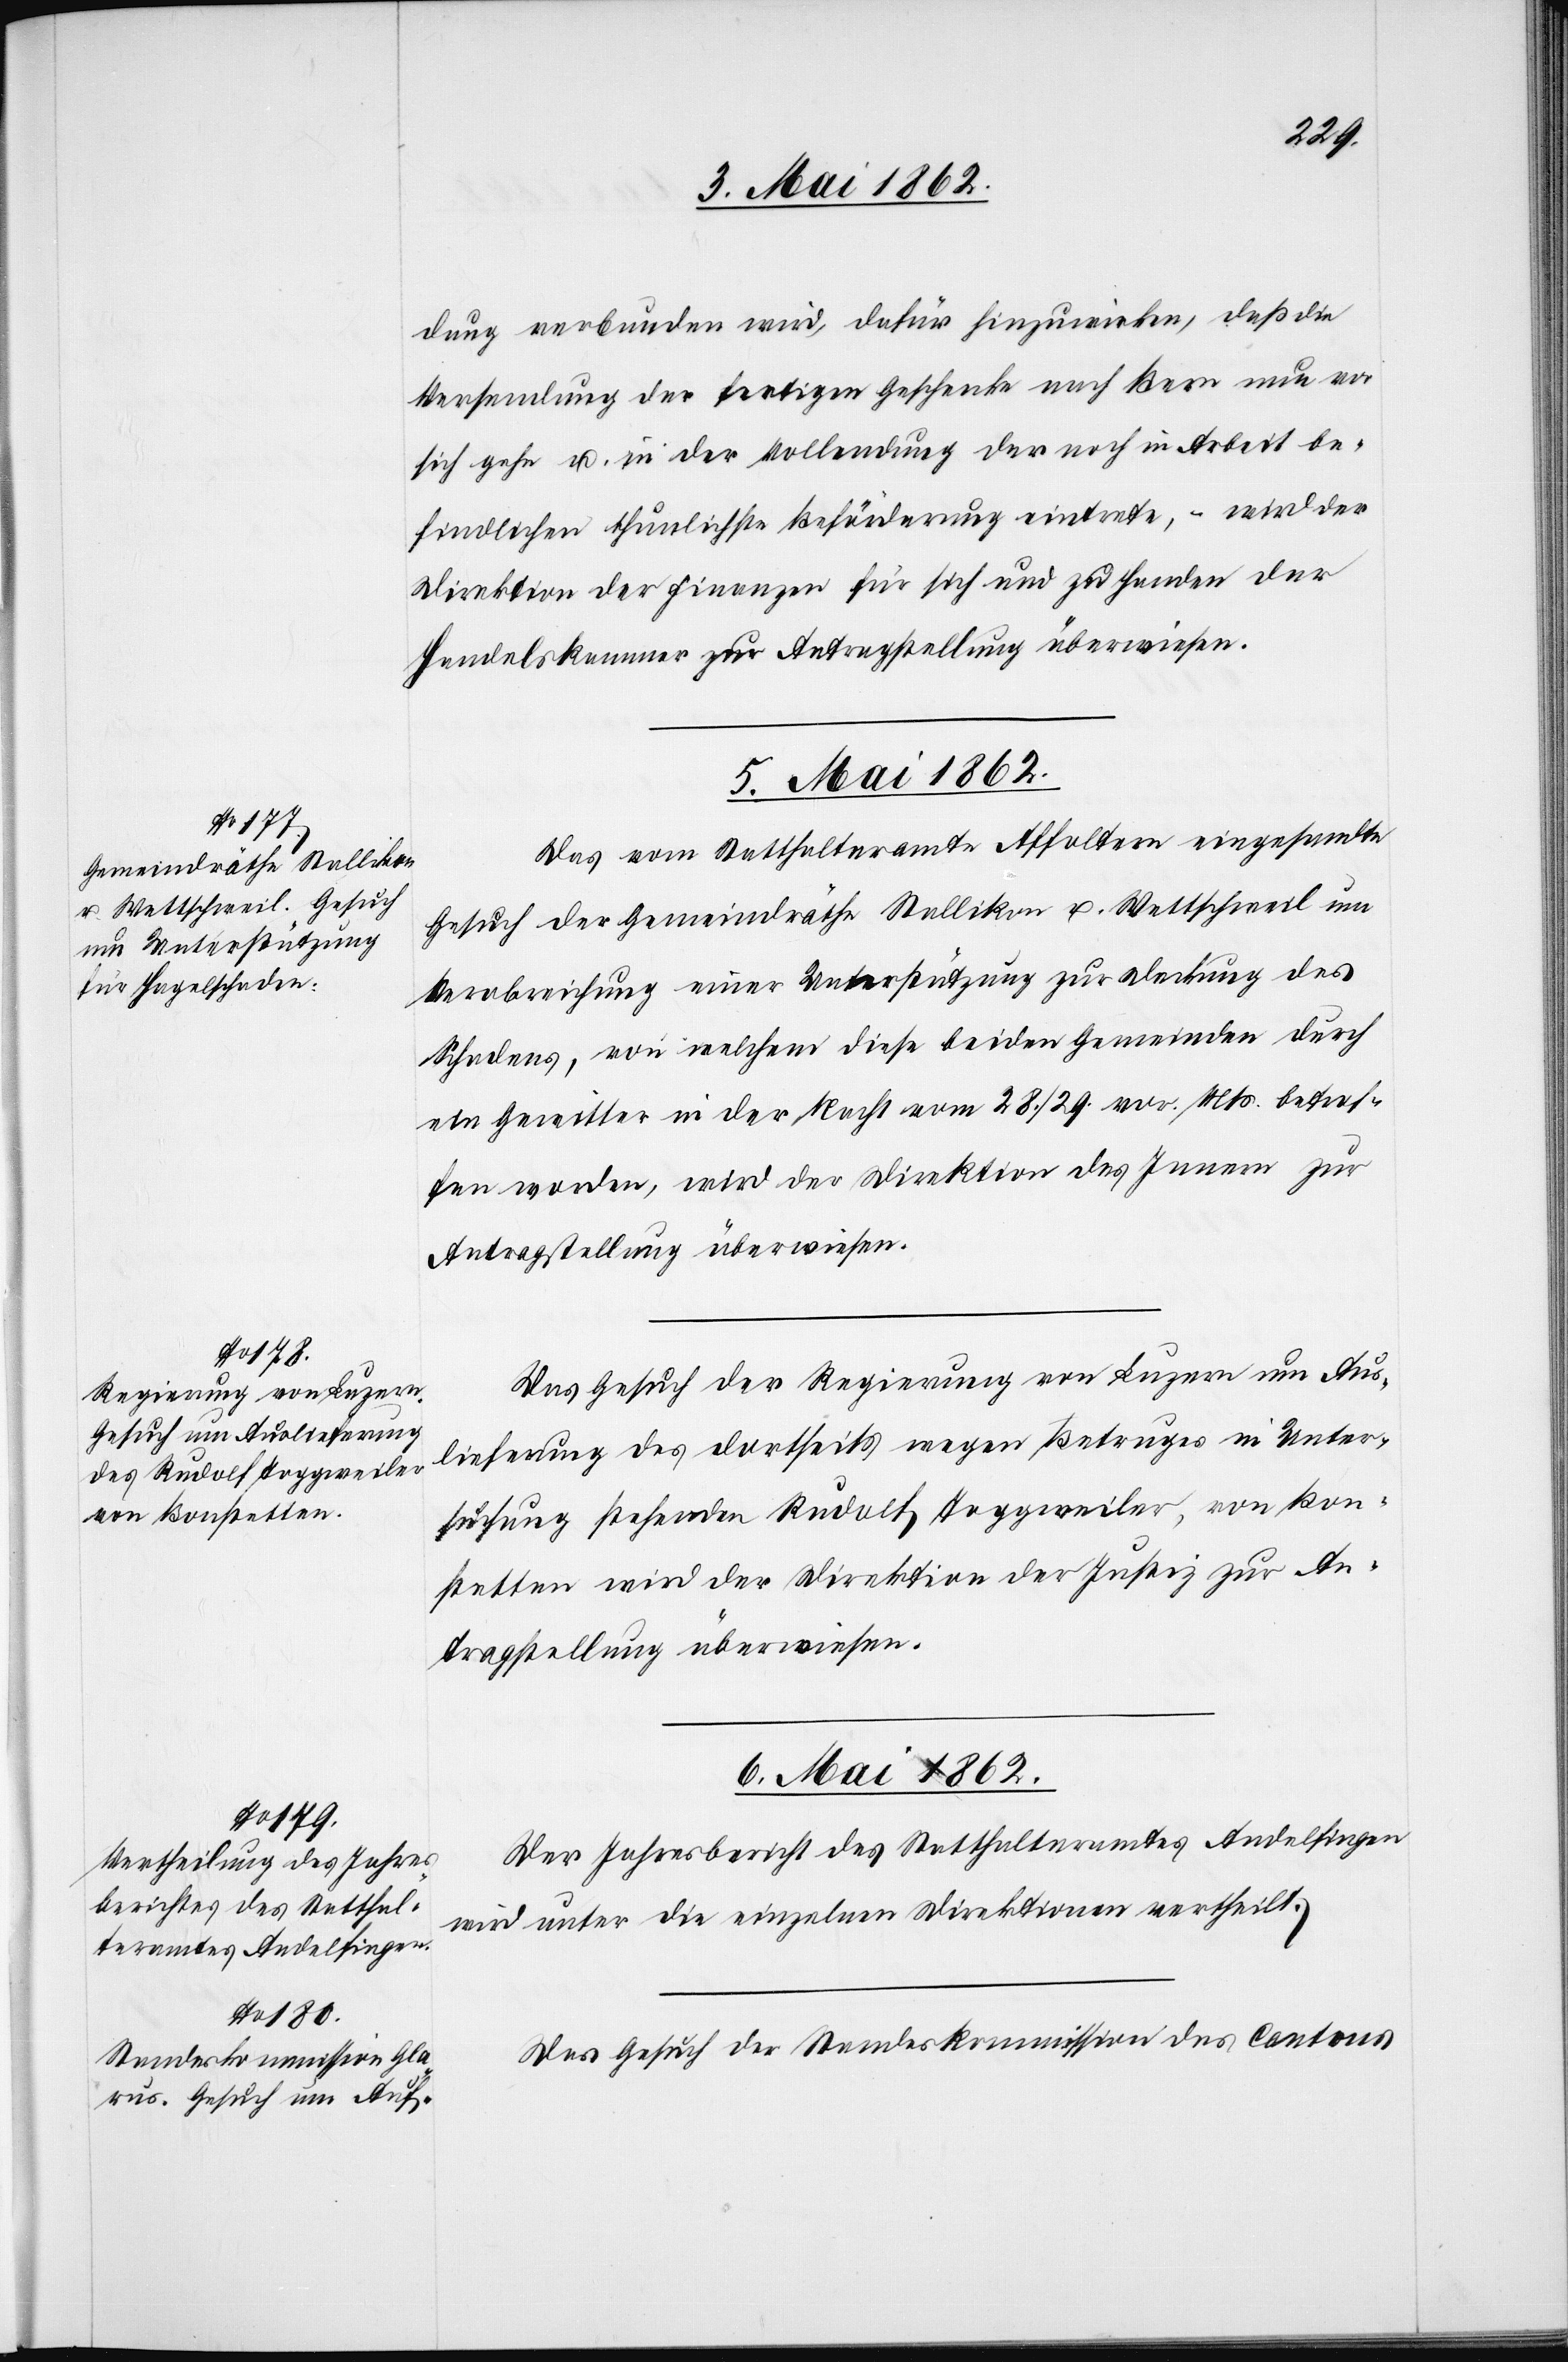
dung verbunden wird, dafür hinzuwirken, daß die
Versendung der fertigen Geschenke nach Bern neu vor
sich gehe u. in der Vollendung der noch in Arbeit be¬
findlichen thunlichste Beförderung eintrete, – wird der
Direktion der Finanzen für sich und zu Handen der
Handelskammer zur Antragstellung überwiesen.
5. Mai 1862.]
Das vom Statthalteramt Affoltern eingesandte
Gesuch der Gemeindräthe Stallikon u. Wettschweil um
Verabreichung einer Unterstützung zur Deckung des
Schadens, von welchem diese beiden Gemeinden durch
ein Gewitter in der Nacht vom 28./29. vor. Mts. betrof¬
fen worden, wird der Direktion des Innern zur
Antragstellung überwiesen.
Das Gesuch der Regierung von Luzern um Aus¬
lieferung des dortseits wegen Betruges in Unter¬
suchung stehenden Rudolf Toggweiler, von Bon¬
stetten wird der Direktion der Justiz zur An¬
tragstellung überwiesen.
6. Mai 1862.]
Der Jahresbericht des Statthalteramtes Andelfingen
wird unter die einzelnen Direktionen vertheilt.
Das Gesuch der Standeskommission des Cantons